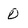
Character: 0